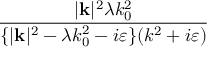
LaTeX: \frac { | \mathbf { k } | ^ { 2 } \lambda k _ { 0 } ^ { 2 } } { \{ | \mathbf { k } | ^ { 2 } - \lambda k _ { 0 } ^ { 2 } - i \varepsilon \} ( k ^ { 2 } + i \varepsilon ) }